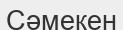
Сәмекен